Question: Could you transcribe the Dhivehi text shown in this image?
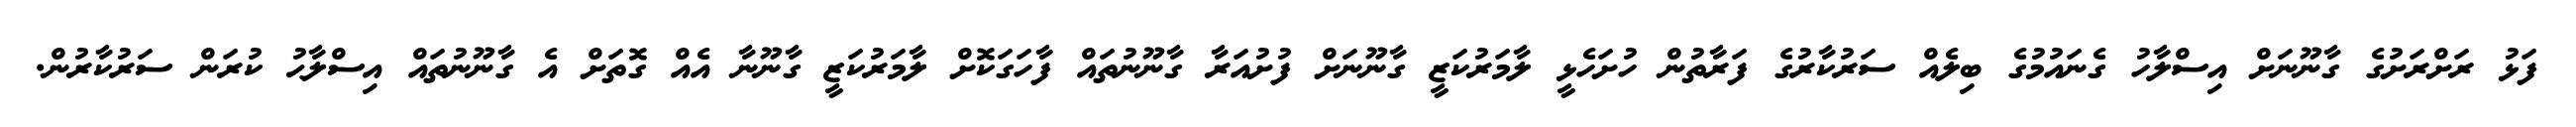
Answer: ފަޅު ރަށްރަށުގެ ގާނޫނަށް އިސްލާހު ގެނައުމުގެ ބިލެއް ސަރުކާރުގެ ފަރާތުން ހުށަހެޅީ ލާމަރުކަޒީ ގާނޫނަށް ފުށުއަރާ ގާނޫނުތައް ފާހަގަކޮށް ލާމަރުކަޒީ ގާނޫނާ އެއް ގޮތަށް އެ ގާނޫނުތައް އިސްލާޙު ކުރަން ސަރުކާރުން.